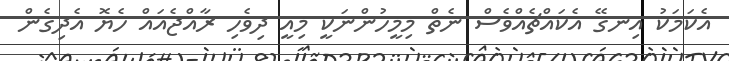
އެކަމަކު އިނގޭ އެކައްޗެއްވެސް ނެތް މިމީހުންނަކީ މިއީ ދިވެހި ރާއްޖެއައް ހެޔޮ އެދިގެން